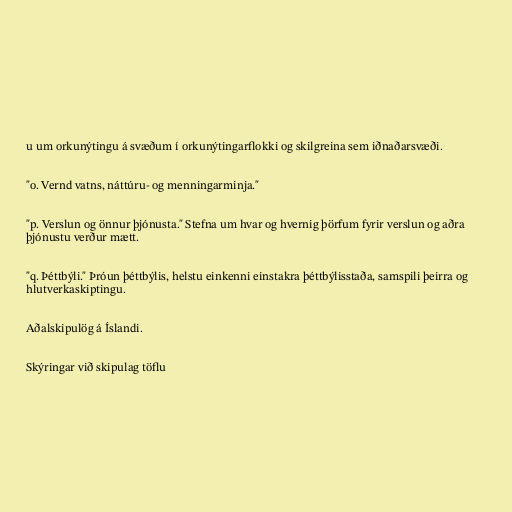
u um orkunýtingu á svæðum í orkunýtingar­flokki og skilgreina sem iðnaðarsvæði.

"o. Vernd vatns, náttúru- og menningarminja."

"p. Verslun og önnur þjónusta." Stefna um hvar og hvernig þörfum fyrir verslun og aðra
þjónustu verður mætt.

"q. Þéttbýli." Þróun þéttbýlis, helstu einkenni einstakra þéttbýlisstaða, samspili þeirra og
hlut­verka­skiptingu.

Aðalskipulög á Íslandi.

Skýringar við skipulag töflu